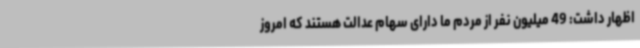
اظهار داشت: 49 میلیون نفر از مردم ما دارای سهام عدالت هستند که امروز